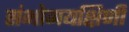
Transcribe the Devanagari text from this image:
संभोगयक्षिणी